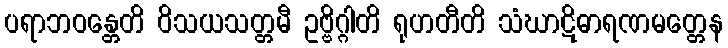
ပရာဘဝန္တေတိ ဝိသယသတ္တမီ ဥဗ္ဗိဂ္ဂါတိ ရုဟတီတိ သံဃာဋိဓာရဏမတ္တေန